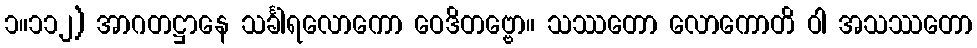
၁။၁၁၂) အာဂတဋ္ဌာနေ သင်္ခါရလောကော ဝေဒိတဗ္ဗော။ သဿတော လောကောတိ ဝါ အသဿတော